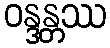
ဝန္ဒန္တဿ